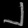
Digit: ၂